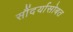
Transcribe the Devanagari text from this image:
सौंदर्यासोबत